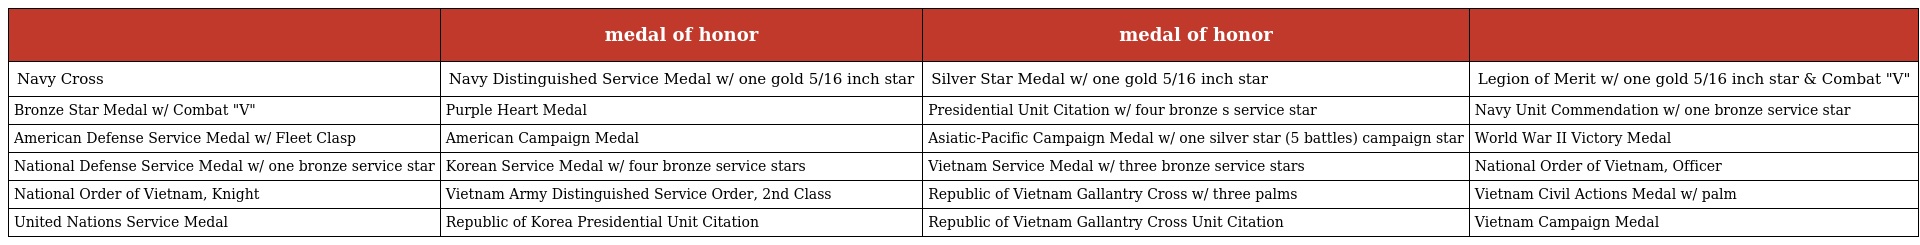
|  | medal of honor | medal of honor |  |
 | --- | --- | --- | --- |
 | Navy Cross | Navy Distinguished Service Medal w/ one gold 5/16 inch star | Silver Star Medal w/ one gold 5/16 inch star | Legion of Merit w/ one gold 5/16 inch star & Combat "V" |
 | Bronze Star Medal w/ Combat "V" | Purple Heart Medal | Presidential Unit Citation w/ four bronze s service star | Navy Unit Commendation w/ one bronze service star |
 | American Defense Service Medal w/ Fleet Clasp | American Campaign Medal | Asiatic-Pacific Campaign Medal w/ one silver star (5 battles) campaign star | World War II Victory Medal |
 | National Defense Service Medal w/ one bronze service star | Korean Service Medal w/ four bronze service stars | Vietnam Service Medal w/ three bronze service stars | National Order of Vietnam, Officer |
 | National Order of Vietnam, Knight | Vietnam Army Distinguished Service Order, 2nd Class | Republic of Vietnam Gallantry Cross w/ three palms | Vietnam Civil Actions Medal w/ palm |
 | United Nations Service Medal | Republic of Korea Presidential Unit Citation | Republic of Vietnam Gallantry Cross Unit Citation | Vietnam Campaign Medal |